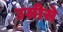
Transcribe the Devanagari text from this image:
उसीसे